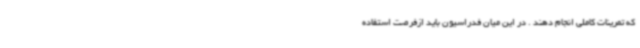
که تمرینات کاملی انجام دهند . در این میان فدراسیون باید ازفرصت استفاده